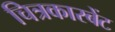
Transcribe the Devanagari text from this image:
चित्रकारबेंट